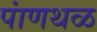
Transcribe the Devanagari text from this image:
पांणथळ